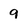
Character: 9